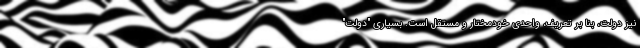
نیز دولت، بنا بر تعریف، واحدی خودمختار و مستقل است. بسیاری "دولت"